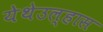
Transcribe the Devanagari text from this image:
येथेउल्हास